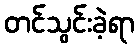
တင်သွင်းခဲ့ရာ